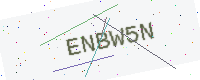
Text: ENBW5N